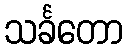
သင်္ခတော